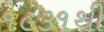
૧૯૩૧થી